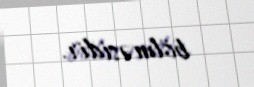
bölməsidir.